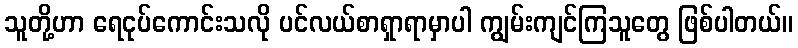
သူတို့ဟာ ရေငုပ်ကောင်းသလို ပင်လယ်စာရှာရာမှာပါ ကျွမ်းကျင်ကြသူတွေ ဖြစ်ပါတယ်။